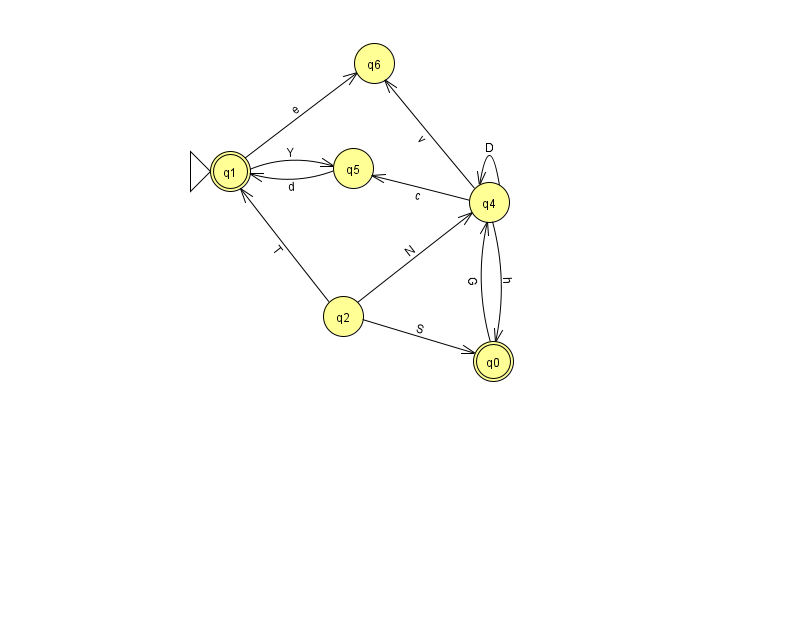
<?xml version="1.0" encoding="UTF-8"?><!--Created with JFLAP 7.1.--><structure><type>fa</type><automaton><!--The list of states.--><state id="0" name="q0"><x>493.0</x><y>348.0</y><final/></state><state id="1" name="q1"><x>230.0</x><y>158.0</y><initial/><final/></state><state id="2" name="q2"><x>343.0</x><y>303.0</y></state><state id="4" name="q4"><x>489.0</x><y>189.0</y></state><state id="5" name="q5"><x>353.0</x><y>155.0</y></state><state id="6" name="q6"><x>374.0</x><y>50.0</y></state><!--The list of transitions.--><transition><from>1</from><to>5</to><read>Y</read></transition><transition><from>2</from><to>1</to><read>T</read></transition><transition><from>4</from><to>4</to><read>D</read></transition><transition><from>4</from><to>0</to><read>h</read></transition><transition><from>0</from><to>4</to><read>G</read></transition><transition><from>4</from><to>6</to><read>v</read></transition><transition><from>1</from><to>6</to><read>e</read></transition><transition><from>4</from><to>5</to><read>c</read></transition><transition><from>2</from><to>4</to><read>N</read></transition><transition><from>2</from><to>0</to><read>S</read></transition><transition><from>5</from><to>1</to><read>d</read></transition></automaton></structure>